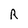
Character: R